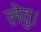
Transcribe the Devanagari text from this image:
लेवु।